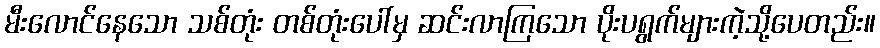
မီးလောင်နေသော သစ်တုံး တစ်တုံးပေါ်မှ ဆင်းလာကြသော ပိုးပရွက်များကဲ့သို့ပေတည်း။